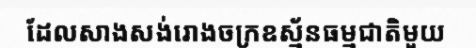
ដែលសាងសង់រោងចក្រឧស្ម័នធម្មជាតិមួយ